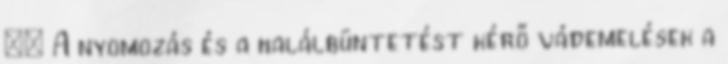
:: A nyomozás és a halálbüntetést kérő vádemelések a